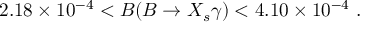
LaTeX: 2 . 1 8 \times 1 0 ^ { - 4 } < B ( B \to X _ { s } \gamma ) < 4 . 1 0 \times 1 0 ^ { - 4 } \ .